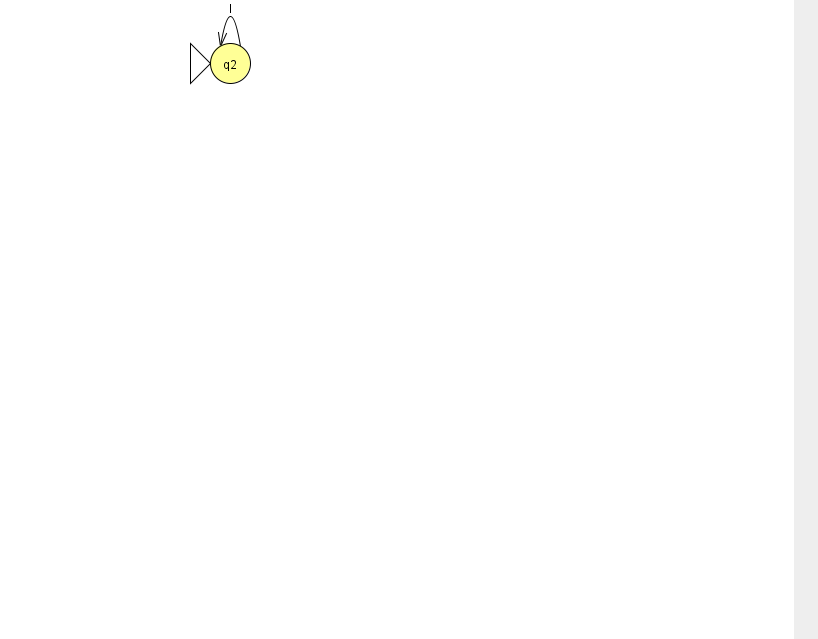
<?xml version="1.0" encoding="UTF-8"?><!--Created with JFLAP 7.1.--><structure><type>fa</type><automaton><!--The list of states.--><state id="2" name="q2"><x>230.0</x><y>50.0</y><initial/></state><!--The list of transitions.--><transition><from>2</from><to>2</to><read>l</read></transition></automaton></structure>